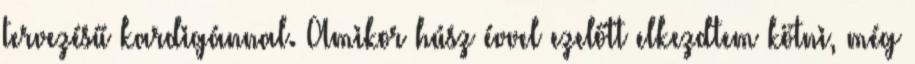
tervezésű kardigánnal. Amikor húsz évvel ezelőtt elkezdtem kötni, még